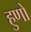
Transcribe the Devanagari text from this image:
हुणों